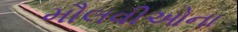
મૌલવીઓના